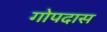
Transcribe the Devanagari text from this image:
गोपदास